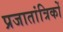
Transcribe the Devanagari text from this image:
प्रजातांत्रिकों